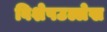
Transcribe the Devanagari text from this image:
विशेषउल्लेख